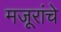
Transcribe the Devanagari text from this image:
मजूरांचे